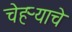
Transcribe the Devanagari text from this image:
चेहऱ्याचे